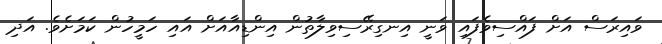
ވައިރަސް އަށް ފައްސިވެފައި ވަނީ އިނގިރޭސިވިލާތުން އިންޑިއާއަށް އައި ހަމީހުން ކަމަށެވެ. އަދި